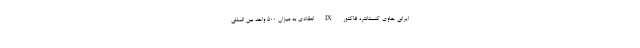
ایرانی حاوی کنستانتره فاکتور IX انعقادی به میزان ۵۰۰ واحد بین المللی